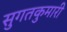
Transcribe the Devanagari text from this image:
सुगतकुमारी